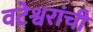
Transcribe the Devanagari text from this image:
वटेश्वरांची